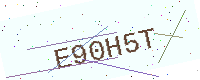
Text: E90H5T